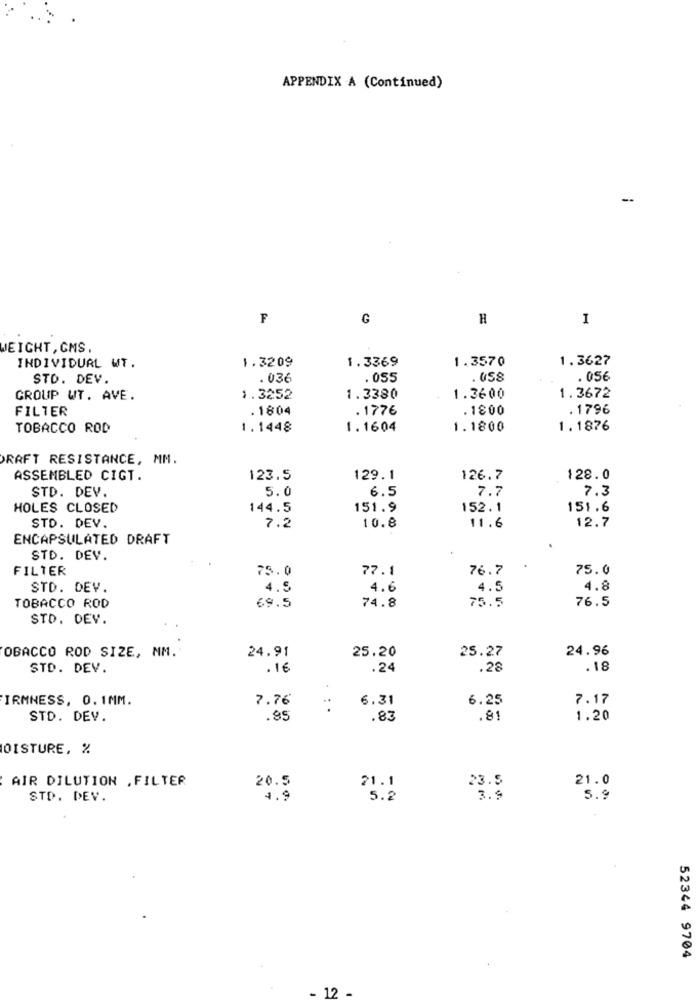
APPENDIX A (Continued)
-
F
G
H
1
WEIGHT, CMS
1.3369
1.3570
1.3627
INDIVIDUAL WT.
1.3209
STD. DEV.
.036
.055
. 05€
GROUP WT. AVE.
1.3252
1.3380
1.3600
1.3672
FILTER
.1804
.1776
.1800
. 1796
TOBACCO ROD
1.1448
1.1604
1.1800
1.1876
DRAFT RESISTANCE, MM.
ASSEMBLED CIGT.
123.5
129.1
126.7
128.0
STD. DEV.
5.0
6.5
7.7
7.3
HOLES CLOSED
144.5
151.9
152.1
151.6
10.8
11.6
12.7
STO. DEV.
7.2
ENCAPSULATED DRAFT
STD. DEV.
FILTER
75.0
77.1
76.7
75.0
STD. DEV.
4.5
4.6
4.5
4.8
75.5
76.5
TOBACCO ROD
69.5
74.8
STD. DEV.
OBACCO ROD SIZE, MM.
24.91
25.20
25.27
24.96
STD. DEV.
.16
.24
.28
.18
IRMNESS, 0. 1MM.
7.76
6.31
6.25
7.17
...
STD. DEV.
.85
.83
.81
1.20
OISTURE, %
AIR DILUTION , FILTER
20.5
21.1
23.5
21.0
STD. DEV.
4.9
5.2
3.9
5.9
52344 9704
12